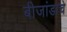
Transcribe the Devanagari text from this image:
बीजांडाचे